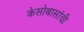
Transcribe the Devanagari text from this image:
केसोबासांची